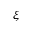
\boldsymbol { \xi }